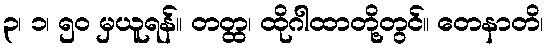
၃၊ ၁၊ ၅၀ မှယူရန်။ တတ္ထ၊ ထိုဂါထာတို့တွင်။ တေနာတိ၊